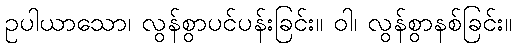
ဥပါယာသော၊ လွန်စွာပင်ပန်းခြင်း။ ဝါ၊ လွန်စွာနစ်ခြင်း။